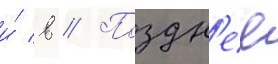
и́ в // Поздн'ее